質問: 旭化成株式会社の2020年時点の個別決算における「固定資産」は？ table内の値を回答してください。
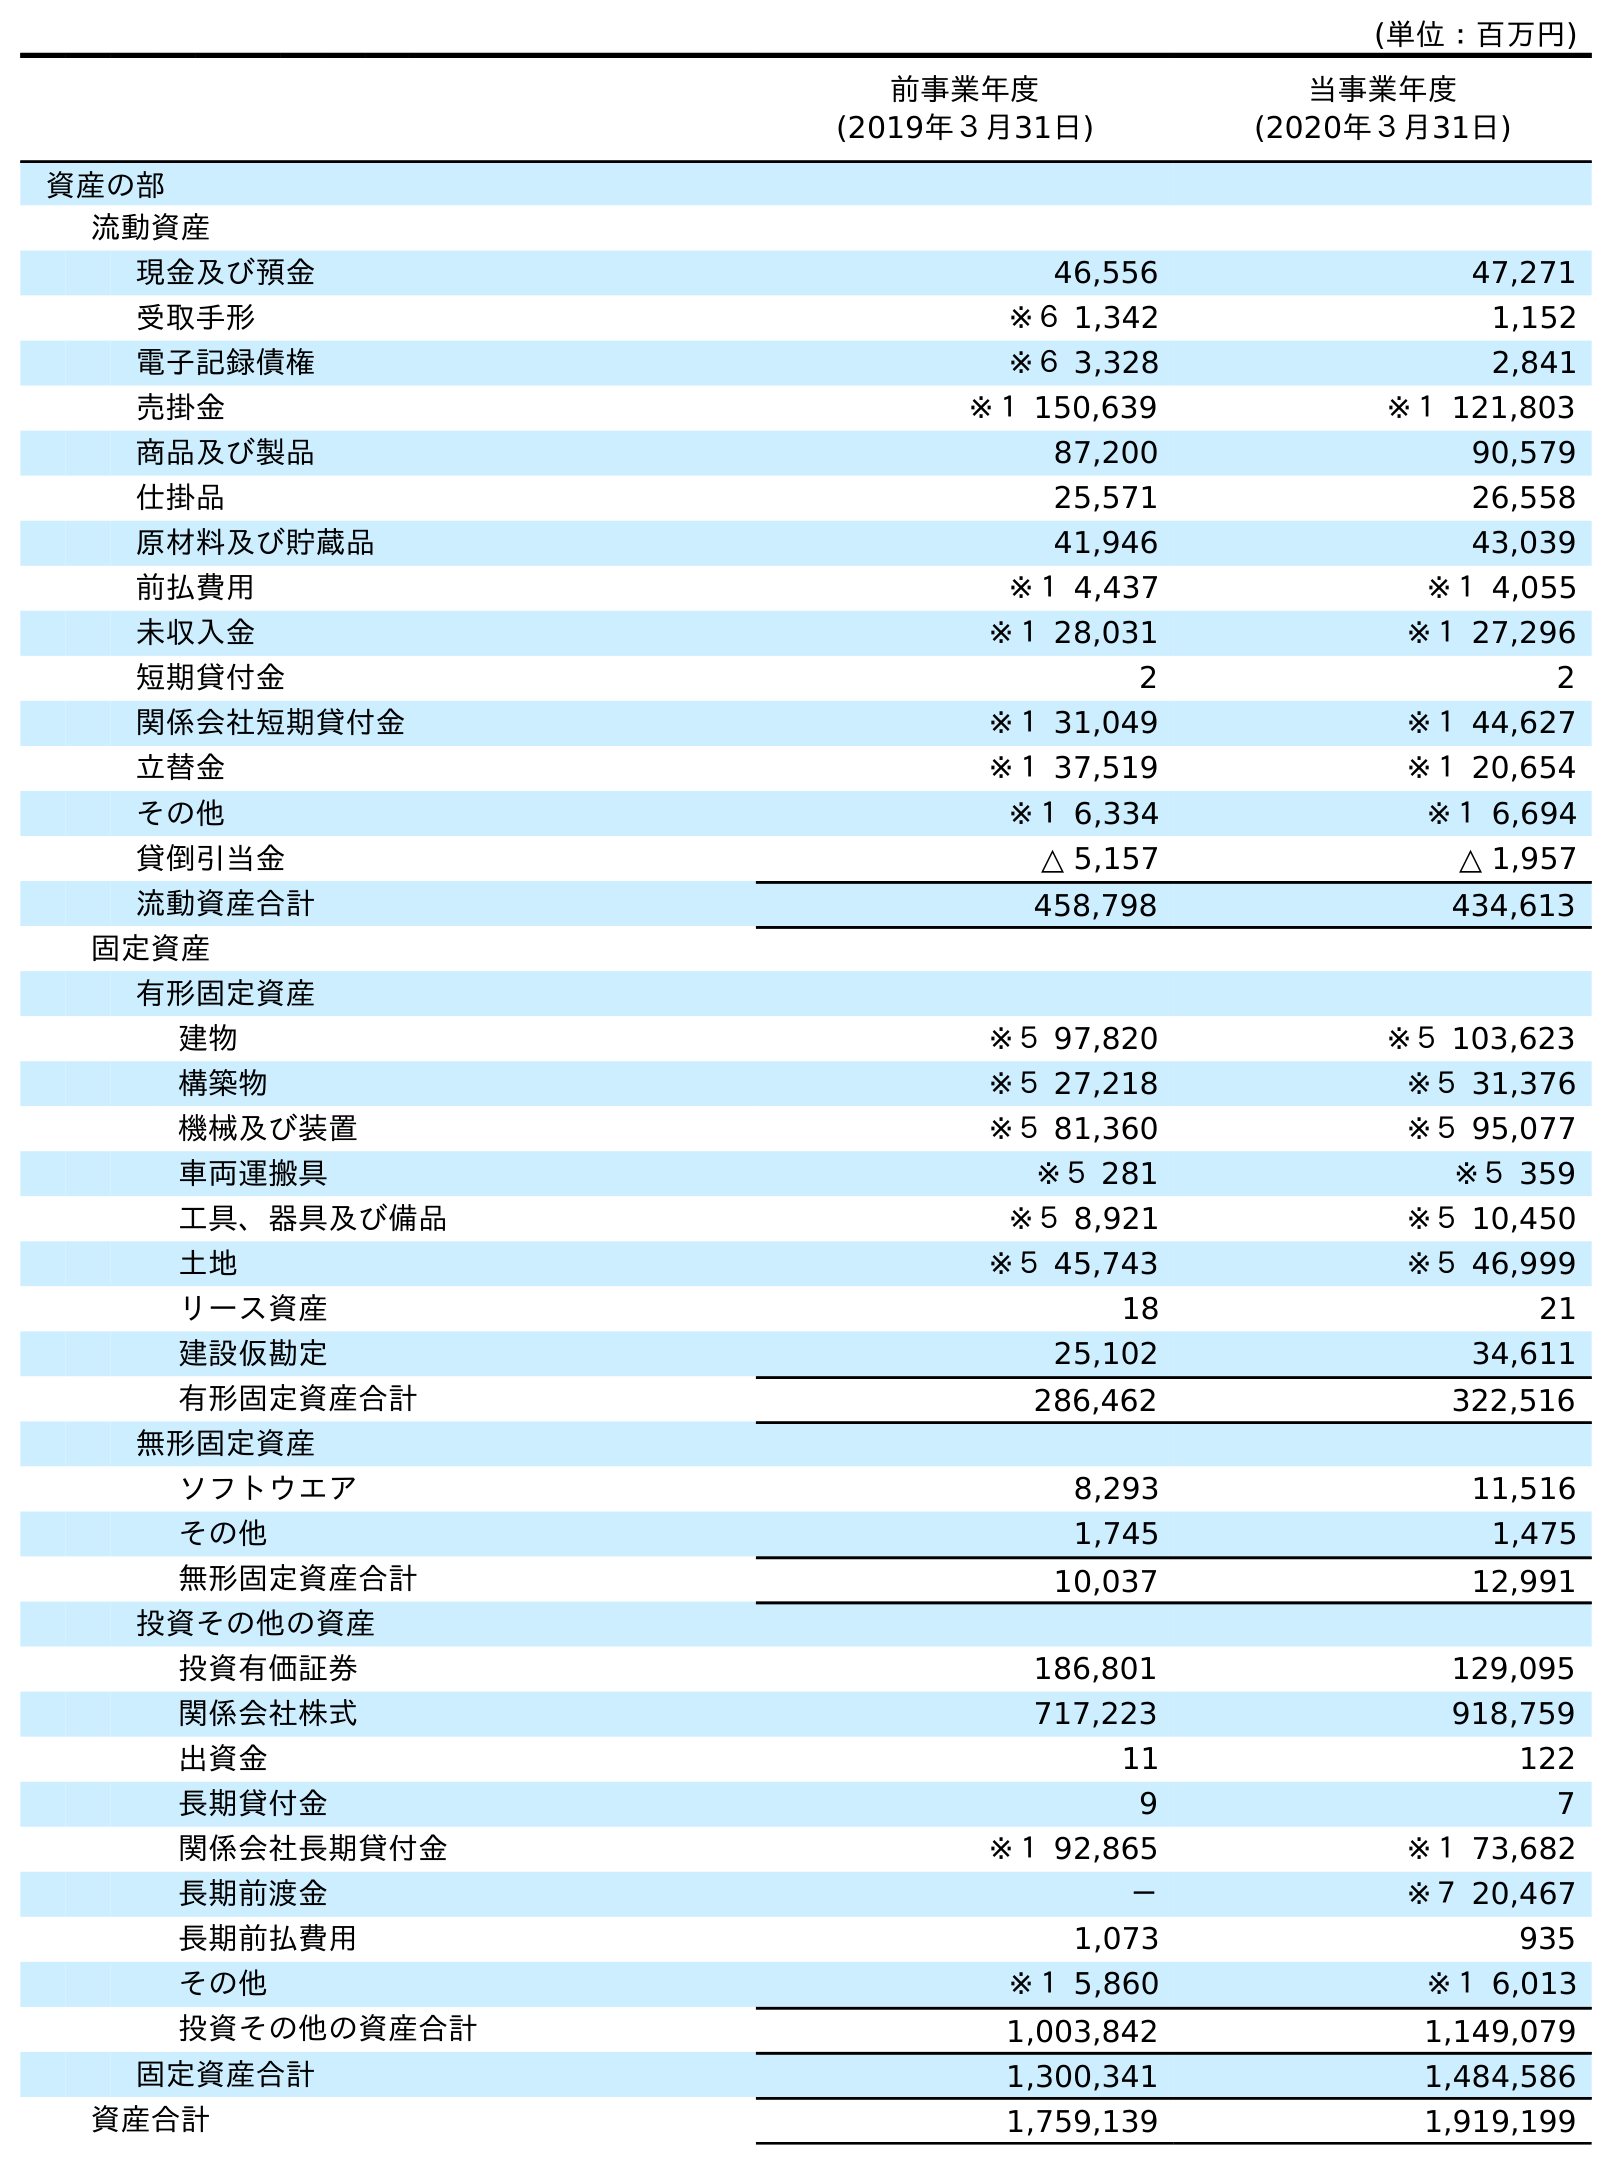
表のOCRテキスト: (単位：百万円) 前事業年度 (2019年３月31日) 当事業年度 (2020年３月31日) 資産の部 流動資産 現金及び預金 46,556 47,271 受取手形 ※６ 1,342 1,152 電子記録債権 ※６ 3,328 2,841 売掛金 ※１ 150,639 ※１ 121,803 商品及び製品 87,200 90,579 仕掛品 25,571 26,558 原材料及び貯蔵品 41,946 43,039 前払費用 ※１ 4,437 ※１ 4,055 未収入金 ※１ 28,031 ※１ 27,296 短期貸付金 2 2 関係会社短期貸付金 ※１ 31,049 ※１ 44,627 立替金 ※１ 37,519 ※１ 20,654 その他 ※１ 6,334 ※１ 6,694 貸倒引当金 △ 5,157 △ 1,957 流動資産合計 458,798 434,613 固定資産 有形固定資産 建物 ※５ 97,820 ※５ 103,623 構築物 ※５ 27,218 ※５ 31,376 機械及び装置 ※５ 81,360 ※５ 95,077 車両運搬具 ※５ 281 ※５ 359 工具、器具及び備品 ※５ 8,921 ※５ 10,450 土地 ※５ 45,743 ※５ 46,999 リース資産 18 21 建設仮勘定 25,102 34,611 有形固定資産合計 286,462 322,516 無形固定資産 ソフトウエア 8,293 11,516 その他 1,745 1,475 無形固定資産合計 10,037 12,991 投資その他の資産 投資有価証券 186,801 129,095 関係会社株式 717,223 918,759 出資金 11 122 長期貸付金 9 7 関係会社長期貸付金 ※１ 92,865 ※１ 73,682 長期前渡金 － ※７ 20,467 長期前払費用 1,073 935 その他 ※１ 5,860 ※１ 6,013 投資その他の資産合計 1,003,842 1,149,079 固定資産合計 1,300,341 1,484,586 資産合計 1,759,139 1,919,199
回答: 1,484,586